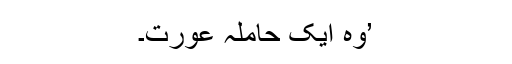
’وہ ایک حاملہ عورت۔